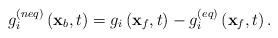
LaTeX: \begin{align*}g_i^{\left( {neq} \right)}\left( {{{\bf{x}}_b},t} \right) = {g_i}\left( {{{\bf{x}}_f},t} \right) - g_i^{\left( {eq} \right)}\left( {{{\bf{x}}_f},t} \right).\end{align*}